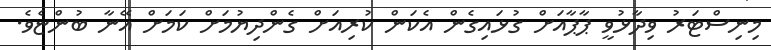
މިނިސްޓަރު ވިދާޅުވީ ޕާޕާއަށް ގުޅައިގެން އެކަން ކުރިއަށް ގެންދިޔުމަށް ކަމަށް އޭނާ ބުންޏެވެ.